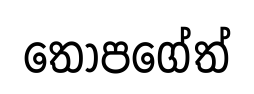
තොපගේත්